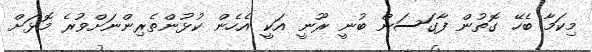
މިކަމާ ބެހޭ ގޮތުން ފާގަސަން ބުނީ ރޫނީ އަކީ އެހެން ކުޅުންތެރިންނަށްވުރެ މޮޅަށް